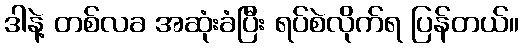
ဒါနဲ့ တစ်လခ အဆုံးခံပြီး ရပ်စဲလိုက်ရ ပြန်တယ်။